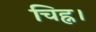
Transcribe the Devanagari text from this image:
चिह्न।